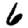
Digit: 6